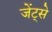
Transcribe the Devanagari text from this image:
जेंट्से